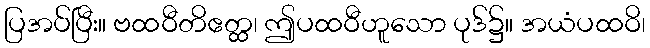
ပြအပ်ပြီး။ ဗထဝီတိဧတ္ထ၊ ဤပထဝီဟူသော ပုဒ်၌။ အယံပထဝိ၊